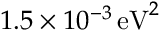
1 . 5 \times 1 0 ^ { - 3 } \, \mathrm { e V } ^ { 2 }